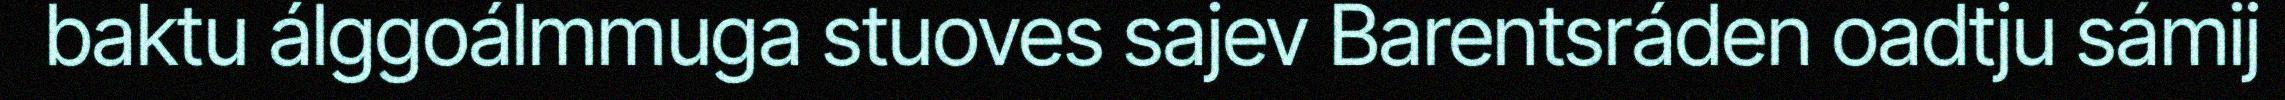
baktu álggoálmmuga stuoves sajev Barentsráden oadtju sámij